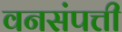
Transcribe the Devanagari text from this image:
वनसंपत्ती